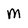
Character: m